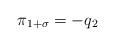
LaTeX: \begin{align*}\pi_{1+\sigma} = - q_2\end{align*}